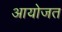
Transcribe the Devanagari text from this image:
आयोजत